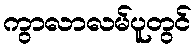
ကွာလာလမ်ပူတွင်